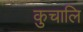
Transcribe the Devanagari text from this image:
कुचालि